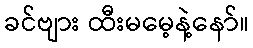
ခင်ဗျား ထီးမမေ့နဲ့နော်။